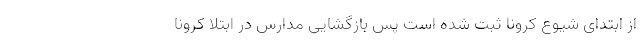
از ابتدای شیوع کرونا ثبت شده است پس بازگشایی مدارس در ابتلا کرونا